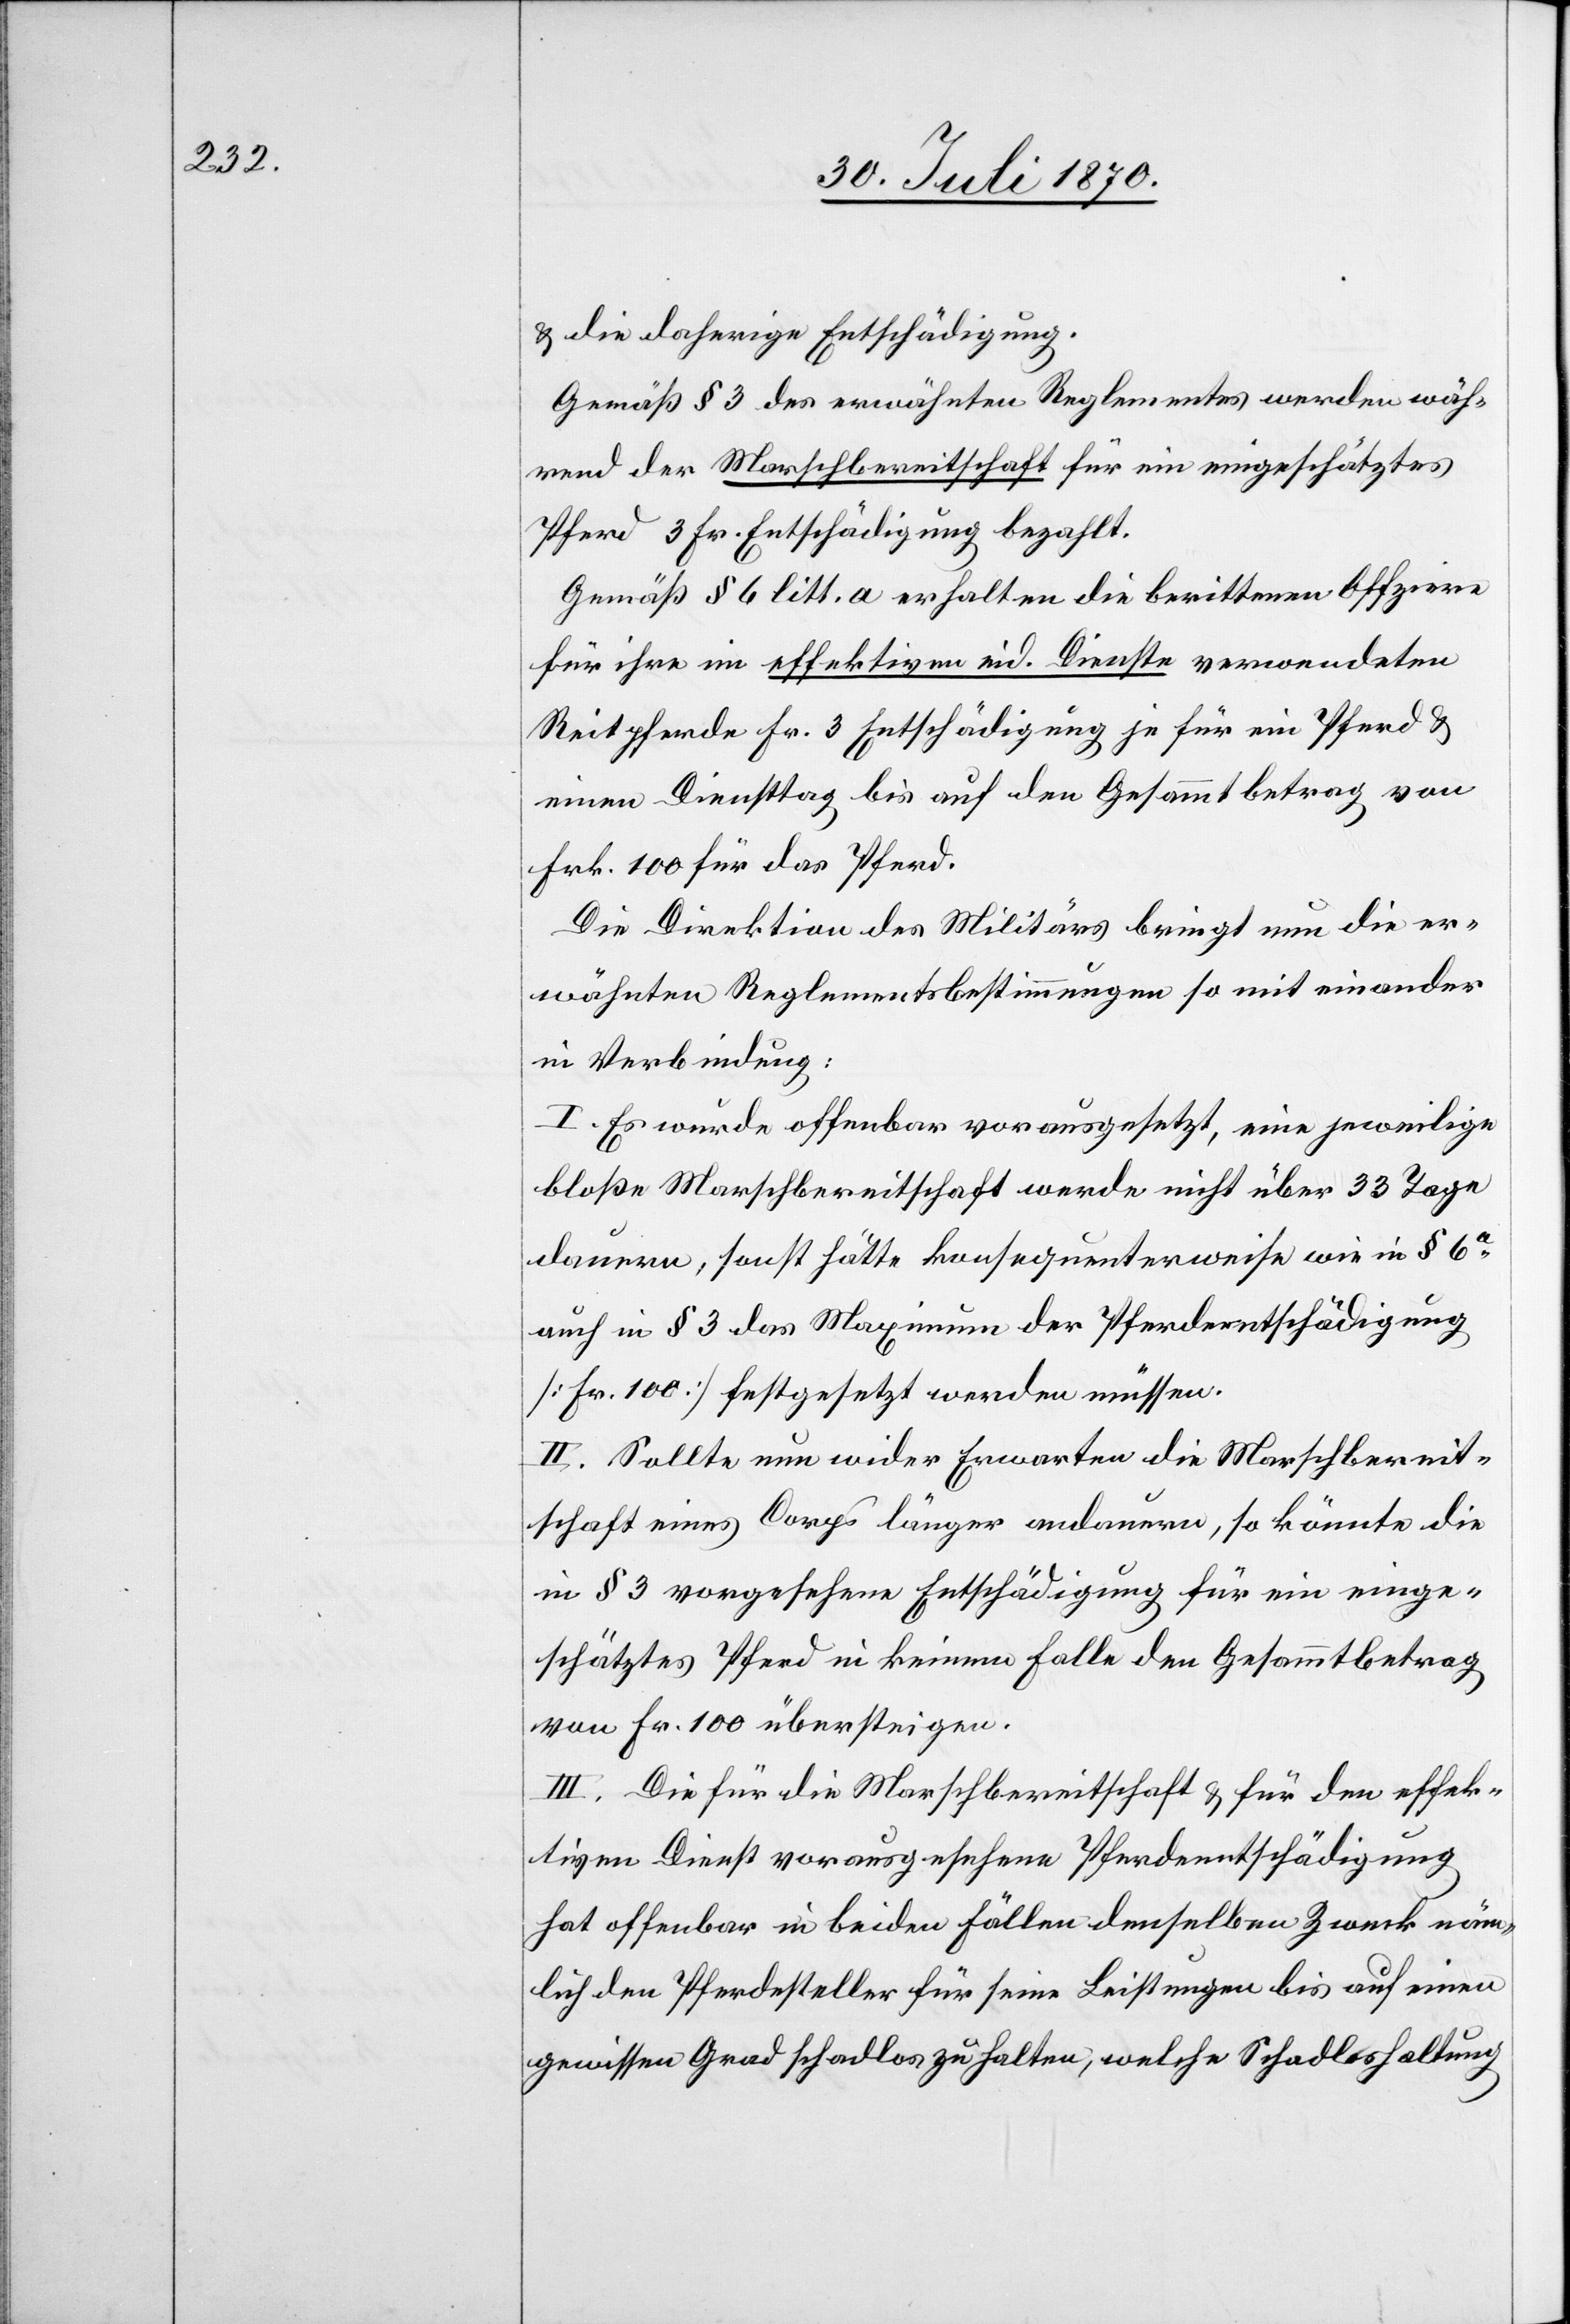
& die daherige Entschädigung.
Gemäß § 3 des erwähnten Reglementes werden wäh¬
rend der Marschbereitschaft für ein eingeschätztes
Pferd 3 Fr. Entschädigung bezahlt.
Gemäß § 6 litt. a erhalten die berittenen Offiziere
für ihre im effektiven eid. Dienste verwendeten
Reitpferde Fr. 3 Entschädigung je für ein Pferd &
einen Diensttag bis auf den Gesammtbetrag von
Frk. 100 für das Pferd.
Die Direktion des Militärs bringt nun die er¬
wähnten Reglementsbestimmungen so mit einander
in Verbindung:
I. es wurde offenbar vorausgesetzt, eine jeweilige
bloße Marschbereitschaft werde nicht über 33 Tage
dauern, sonst hätte konsequenterweise wie in § 6a
auch in § 3 das Maximum der Pferdeentschädigung
[Fr. 100] festgesetzt werden müssen.
II. Sollte nun wider Erwarten die Marschbereit¬
schaft eines Corps länger andauern, so könnte die
in § 3 vorgesehene Entschädigung für ein einge¬
schätztes Pferd in keinem Falle den Gesammtbetrag
von Fr. 100 übersteigen.
III. Die für die Marschbereitschaft & für den effek¬
tiven Dienst vorausgesehene Pferdeentschädigung
hat offenbar in beiden Fällen denselben Zweck näm¬
lich den Pferdesteller für seine Leistungen bis auf einen
gewissen Grad schadlos zu halten, welche Schadloshaltung